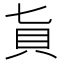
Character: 𧴦